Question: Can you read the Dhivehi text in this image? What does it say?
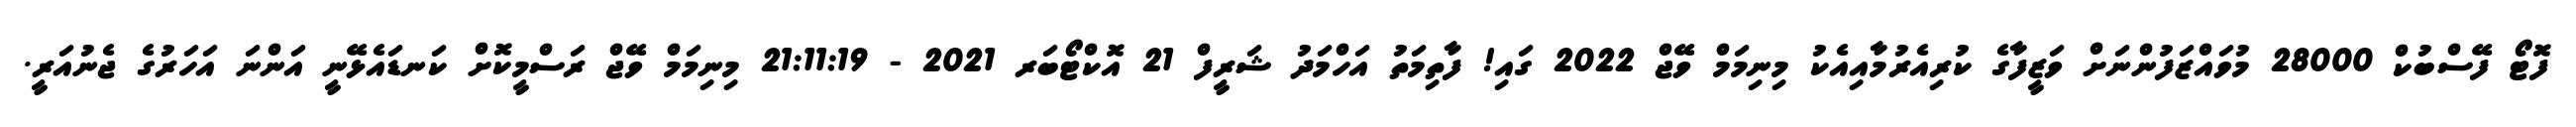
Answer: ފޮޓޯ ފޭސްބުކް 28000 މުވައްޒަފުންނަށް ވަޒީފާގެ ކުރިއެރުމާއިއެކު މިނިމަމް ވޭޖް 2022 ގައި! ފާތިމަތު އަހްމަދު ޝަރީފް 21 އޮކްޓޯބަރ 2021 - 21:11:19 މިނިމަމް ވޭޖް ރަސްމީކޮށް ކަނޑައެޅޭނީ އަންނަ އަހަރުގެ ޖެނުއަރީ.